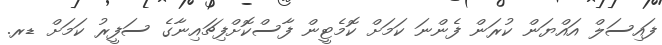
ފައިސަލް އައްޔަން ކުރަން ފެންނަ ކަަމަށް ކޮމެޓީން ފާސްކޮށްފިޗައިނާގެ ސަފީރު ކަމަށް ޑރ.